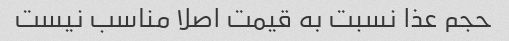
حجم عذا نسبت به قیمت اصلا مناسب نیست